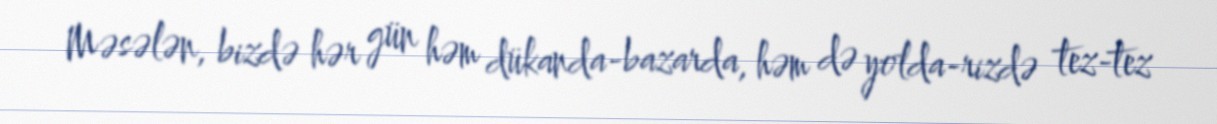
Məsələn, bizdə hər gün həm dükanda-bazarda, həm də yolda-rizdə tez-tez